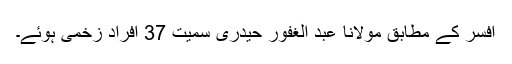
افسر کے مطابق مولانا عبد الغفور حیدری سمیت 37 افراد زخمی ہوئے۔